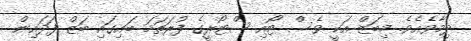
ދިމާވެއެވެ. މިބަޒް އަކީ ވެސް ޓޯއި ސްޓޯރީގެ ފުރަތަމަ ބައިގައި ބަޒް ފަދައިން